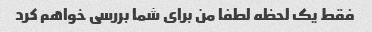
فقط یک لحظه لطفا من برای شما بررسی خواهم کرد